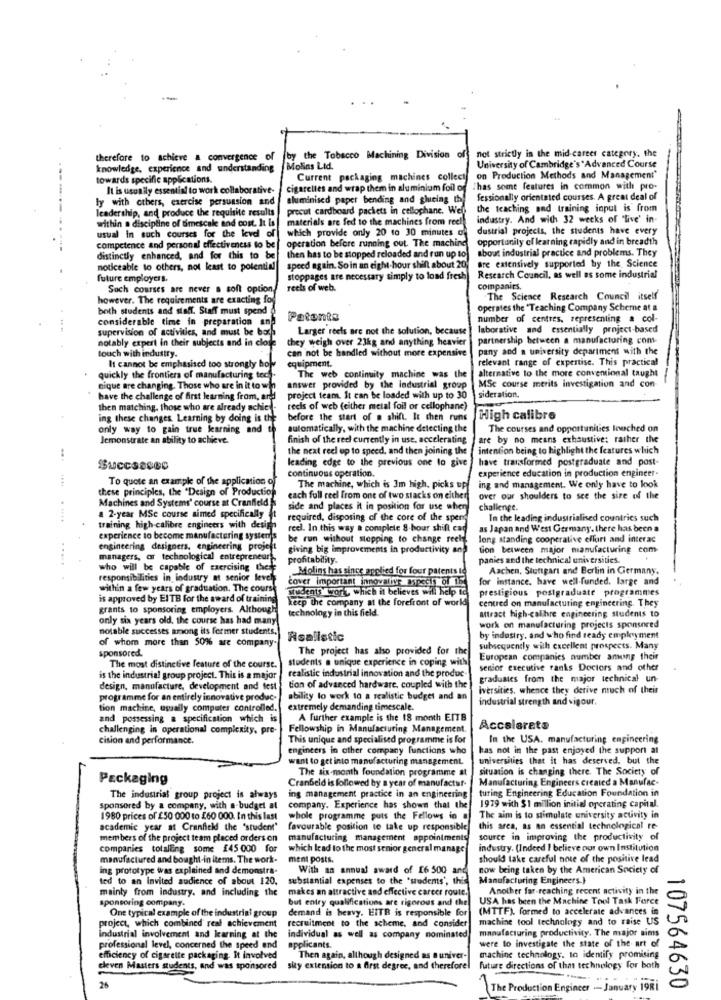
not strictly in the mid-career category. the
therefore to achieve a convergence of
by the Tobacco Machining Division of
knowledge, experience and understanding
Molins Ltd.
University of Cambridge's " Advanced Course
towards specific applications.
Current packaging machines collect
on Production Methods and Management"
---
It is usually essential to work collaborative-
cigarettes and wrap them in aluminium foil of T has some features in common with pro-
ly with others, exercise persuasion and
aluminised paper bending and glueing the
fessionally orientated courses. A great deal of
leadership, and produce the requisite results
procut cardboard packets in cellophane. Well
the teaching and training input is from
within a discipline of timescale and cost. It is
materials are fed to the machines from reel
industry. And with 32 weeks of "live' in
usual in such courses for the love of
which provide only 20 to 30 minutes of
dustrial projects, the students have every
operation before running out. The machine
opportunity el learning rapidly and in breadth
competence and personal effectiveness to be
about industrial practice and problems. They
distinctly enhanced, and for this to be
then has to be stopped reloaded and run up to)
are extensively supported by the Science
noticeable to others, not kast to potential
speed again. Soin an eight-hour shift about 20;
future employers.
stoppages are necessary simply to load fresh
Research Council, as well as some industrial
Such courses are never a soft option
reels of web.
companies.
however. The requirements are exacting for
The Science Research Council itself
both students and staff. Staff must spend
operates the "Teaching Company Scheme at a
considerable time in preparation ane
Patente
number of centres, representing & col-
supervision of activities, and must be both
Larger reels are not the solution, because
laborative and essentially project-based
notably expert in their subjects and in close
they weigh over 23kg and anything heavier
partnership between a manufacturing com
touch with industry.
can not be handled without more expensive
pany and a university department with the
relevant range of expertise. This practical
It cannot be emphasised too strongly bol
equipment.
alternative to the more conventional taught
quickly the frontiera of manufacturing tech
The web continuity machine was the
nique are changing. Those who are in it to win
answer provided by the industrial group
MSc course merits investigation and con-
have the challenge of first learning from, and
project team. It can be loaded with up to 30
sideration.
then matching, those who are already achicy-
recis of web (either metal foil or cellophane)
ing these changes Learning by doing is the
before the start of a shift. It then runs
High calibre
only way to gain true learning and
automatically, with the machine detecting the
The courses and opportunities louched on
Jemonstrate an ability to achieve.
finish of the red currently in use, accelerating
are by no means exhaustive; rather the
the next reel op to speed, and then joining the
intention being to highlight the features which
...
leading edge to the previous one to give
have transformed postgraduate and post-
SUCCSECOS
continuous operation.
experience education in production engineer-
....
To quote an example of the application of
these principles, the "Design of Production
The machine, which is 3m high, picks up
ing and management. We only have to look
Machines and Systems' course at Cranfield
each full reel from one of two stacks on either
over our shoulders to see the size of the
side and places it in position for use when
challenge.
a 2-year MSe course aimed specifically t
required, disposing of the core of the spers
In the leading industrialised countries such
training high-calibre engineers with design
reel. In this way a complete 8-hour shift can
as Japan and West Germany. there has been a
experience to become manufacturing system's be run without stepping to change reel
long standing cooperative effort and interac
engineering designers, engineering projeft
giving big improvements in productivity an
tion between major manufacturing com
managers, or technological entrepreneur
profitability.
panies and the technical universities.
who will be capable of exercising these
Molins has since applied for four patents Io
Aachen, Stuttgart and Berlin in Germany.
responsibilities in industry at senior levch
cover important innovative aspects of 15
for instance, have well-funded. large and
within a few years of graduation. The coursh
Students work, which it believes will help to
prestigious postgraduate programmes
is approved by EITB for the award of training
keep the company at the forefront of world
centred on manufacturing engineering. They
grants to sponsoring employers. Although
technology in this field.
attract high-calibre engineering students to
only six years old, the course has had many
work on manufacturing projects sponsored
notable successes among ils former students.
of whom more than 50% are company-
Realistic
by industry, and who find ready employment
sponsored.
The project has also provided for the
subsequently with excellent prospects. Many
students a unique experience in coping with
European companies number among their
The most distinctive feature of the course.
realistic industrial innovation and the produc-
senior executive ranks Doctors and other
is the industrial group project. This is a major
graduates from the major technical un
design, manufacture, development and test
tion of advanced hardware, coupled with the
Iversities, whence they derive much of their
programme for an entirely innovative produc-
ability to work to a realistic budget and an
industrial strength and vigour.
tion machine, usually computer controlled.
extremely demanding timescale.
and possessing a specification which is
A further example is the 18 month EITB
challenging in operational complexity, pre-
Fellowship in Manufacturing Management.
Accelerate
cision and performance.
This unique and specialised programme is for
In the USA. manufacturing engineering
engineers in other company functions who
has not in the past enjoyed the support at
want to get into manufacturing management.
universities that it has deserved. but the
The six-month foundation programme at
situation is changing there. The Society of
Packaging
Cranbeld is followed by a year of manufactuf-
Manufacturing Engineers created a Manufac-
turing Engineering Education Foundation in
The industrial group project is always
ing management practice in an engineering
sponsored by a company, with a-budget at
company. Experience has shown that the
1979 with $1 million initial operating capital.
1980 prices of £50 000 to £60 000. In this last
whole programme puts the Fellows in
The aim is to stimulate university activity in
academic year at Cranfick! the 'student"
favourable position to take up responsible
this area, as an essential technological re-
members of the project team placed orders on
manufacturing management appointments
source in improving the productivity of
companies totalEng some £45 000 for
which lead to the most senior general manage
industry. (Indeed I believe our own Institution
manufactured and bought-in items. The work-
ment posts.
should take careful note of the positive lead
ing prototype was explained and demonstra-
With an annual award of £6 500 and
now being taken by the American Society of
ted to an Invited audience of about 120.
substantial expenses to the 'students', this
Manufacturing Engineers.}
mainly from industry, and including the
makes an attractive and effective career route.
Another far-reaching recent activity in the
but entry qualifications are rigorous and the
USA has been the Machine Tool Task Force
sponsoring company.
One typical example of the industrial group
demand is heavy. EITB is responsible for
(MTTF). formed to accelerate advances in
recruitment to the scheme, and consider
machine tool technology and to raise US
project, which combined real achievement
manufacturing productivity. The major sims
industrial involvement and learning at the
individual as well as company nominated
were to investigate the state of the art of
professional level, concerned the speed end
applicants.
efficiency of cigarette packaging. It involved
Then again, although designed as a univer-
machine technology, to identify promising
cleven Masters students, and was sponsored
sky extension to a first degree, and therefore!
future directions of that technology for both
24
107564630
The Production Engineer -- January 19R